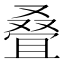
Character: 叠